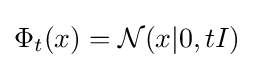
\Phi _{t}(x)={\mathcal {N}}(x|0,tI)